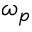
\omega _ { p }